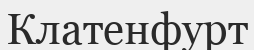
Клатенфурт